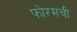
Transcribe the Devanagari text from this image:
फोरमची